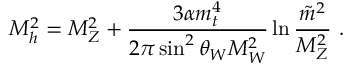
M _ { h } ^ { 2 } = M _ { Z } ^ { 2 } + \frac { 3 \alpha m _ { t } ^ { 4 } } { 2 \pi \sin ^ { 2 } \theta _ { W } M _ { W } ^ { 2 } } \ln \frac { \tilde { m } ^ { 2 } } { M _ { Z } ^ { 2 } } ~ .